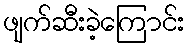
ဖျက်ဆီးခဲ့ကြောင်း